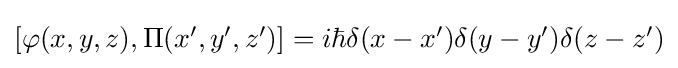
{\textstyle [\varphi (x,y,z),\Pi (x',y',z')]=i\hbar \delta (x-x')\delta (y-y')\delta (z-z')}